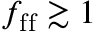
f _ { \mathrm { f f } } \gtrsim 1